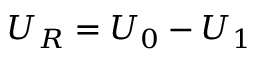
U _ { R } = U _ { 0 } - U _ { 1 }